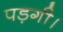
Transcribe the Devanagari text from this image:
पड़गी।